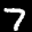
Label: 7